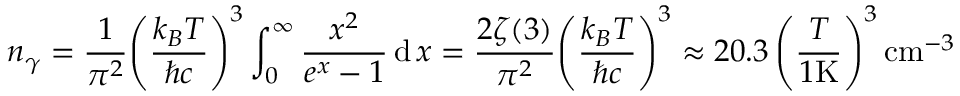
n _ { \gamma } = { \frac { 1 } { \pi ^ { 2 } } } { \left( { \frac { k _ { B } T } { \hbar c } } \right) } ^ { 3 } \int _ { 0 } ^ { \infty } { \frac { x ^ { 2 } } { e ^ { x } - 1 } } \operatorname { d } x = { \frac { 2 \zeta ( 3 ) } { \pi ^ { 2 } } } { \left( { \frac { k _ { B } T } { \hbar c } } \right) } ^ { 3 } \approx 2 0 . 3 \left( { \frac { T } { 1 { \mathrm { K } } } } \right) ^ { 3 } { \mathrm { c m } } ^ { - 3 }